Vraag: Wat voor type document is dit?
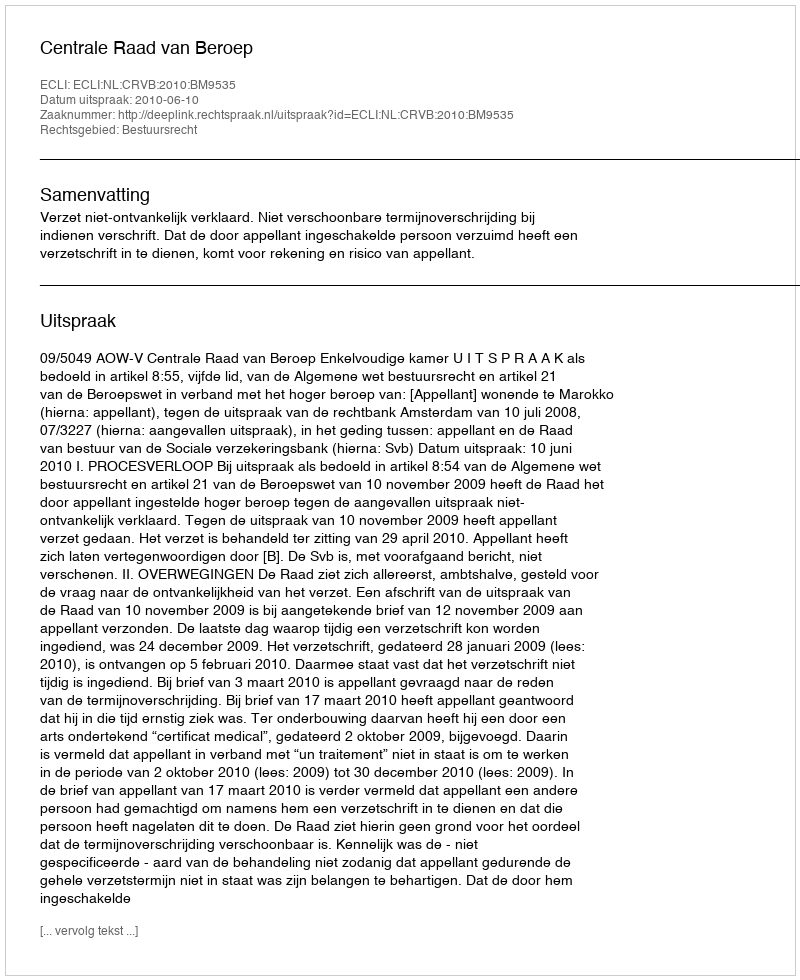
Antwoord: Uitspraak